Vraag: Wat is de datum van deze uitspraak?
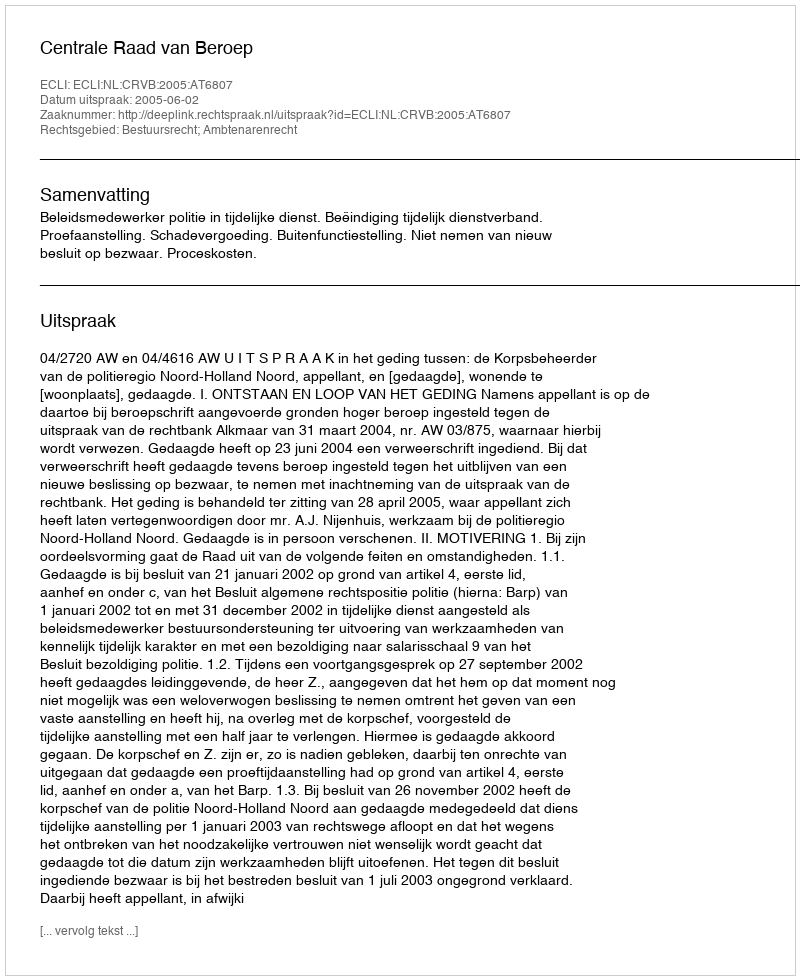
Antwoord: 2005-06-02